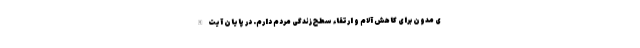
ی مدون برای کاهش آلام و ارتقاء سطح زندگی مردم دارم. در پایان آیت الله